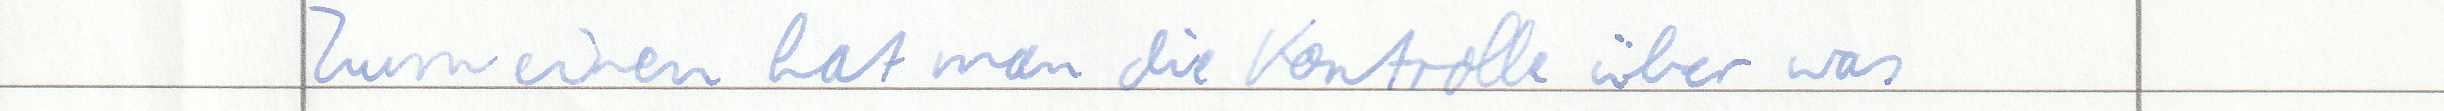
Zum einen hat man die Kontrolle über was